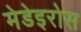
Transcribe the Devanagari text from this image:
मेडेइरोस